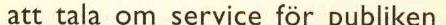
att tala om service för publiken